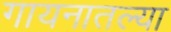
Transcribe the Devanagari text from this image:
गायनातल्या